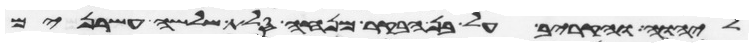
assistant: ליהוה והקריב על בן הבקר מנחה סלת שלשה עשרנים